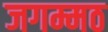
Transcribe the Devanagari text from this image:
जगम्मठ